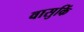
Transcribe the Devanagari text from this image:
वासुकिं